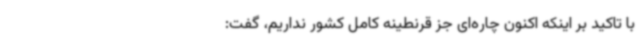
با تاکید بر اینکه اکنون چاره‌ای جز قرنطینه کامل کشور نداریم، گفت: